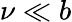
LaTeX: \nu\ll b